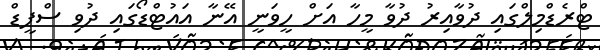
ޓްރެޑްމިލްގައި ދުވާއިރު ދުވާ މީހާ އަށް ހީވަނީ އޭނާ އައުޓްޑޯގައި ދުވި ސްޕީޑް